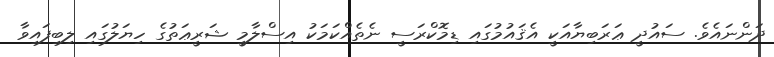
ދަންނައެވެ. ސައުދީ ޢަރަބިޔާއަކީ އެޤައުމުގައި ޑިމޮކްރަސީ ނެތެއްކަމަކު އިސްލާމީ ޝަރީޢަތުގެ ހިޔަލުގައި ލިބިފައިވާ